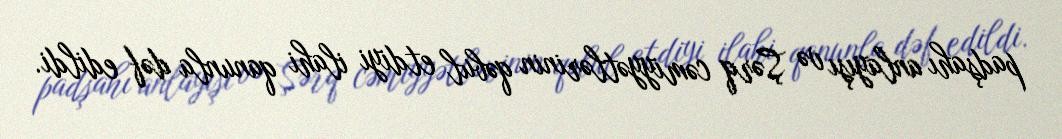
padşahı anlayışı və Şərq cəmiyyətlərinin qəbul etdiyi ilahi qanunla dəf edildi.